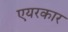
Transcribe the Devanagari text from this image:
एयरकार